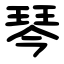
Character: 琴